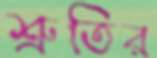
শ্রুতির